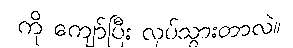
ကို ကျော်ပြီး လုပ်သွားတာလဲ။